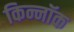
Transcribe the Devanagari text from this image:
किन्नॉक